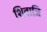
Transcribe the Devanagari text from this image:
शिवाजि